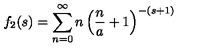
f _ { 2 } ( s ) = \sum _ { n = 0 } ^ { \infty } n \left( \frac { n } { a } + 1 \right) ^ { - ( s + 1 ) }